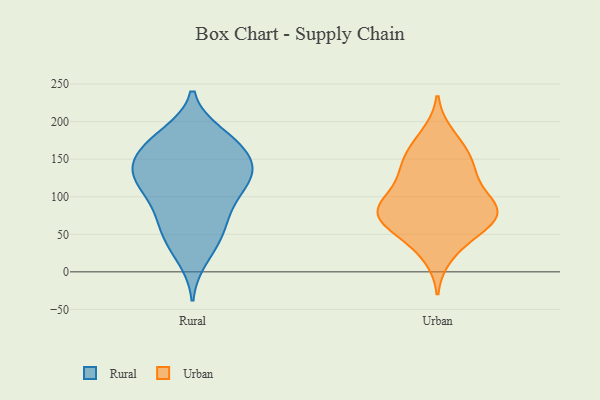
{"axis": {"x": "Conversion Rate (%)", "y": "Value"}, "legend": ["Rural", "Urban"], "data": [{"x": "", "y": 112, "type": "Rural"}, {"x": "", "y": 124, "type": "Rural"}, {"x": "", "y": 75, "type": "Rural"}, {"x": "", "y": 138, "type": "Rural"}, {"x": "", "y": 183, "type": "Rural"}, {"x": "", "y": 39, "type": "Rural"}, {"x": "", "y": 97, "type": "Rural"}, {"x": "", "y": 61, "type": "Rural"}, {"x": "", "y": 19, "type": "Rural"}, {"x": "", "y": 80, "type": "Rural"}, {"x": "", "y": 166, "type": "Rural"}, {"x": "", "y": 126, "type": "Rural"}, {"x": "", "y": 134, "type": "Rural"}, {"x": "", "y": 178, "type": "Rural"}, {"x": "", "y": 155, "type": "Rural"}, {"x": "", "y": 177, "type": "Rural"}, {"x": "", "y": 158, "type": "Rural"}, {"x": "", "y": 121, "type": "Rural"}, {"x": "", "y": 47, "type": "Rural"}, {"x": "", "y": 134, "type": "Rural"}, {"x": "", "y": 182, "type": "Urban"}, {"x": "", "y": 74, "type": "Urban"}, {"x": "", "y": 121, "type": "Urban"}, {"x": "", "y": 145, "type": "Urban"}, {"x": "", "y": 22, "type": "Urban"}, {"x": "", "y": 129, "type": "Urban"}, {"x": "", "y": 86, "type": "Urban"}, {"x": "", "y": 82, "type": "Urban"}, {"x": "", "y": 139, "type": "Urban"}, {"x": "", "y": 63, "type": "Urban"}, {"x": "", "y": 76, "type": "Urban"}, {"x": "", "y": 41, "type": "Urban"}, {"x": "", "y": 69, "type": "Urban"}, {"x": "", "y": 153, "type": "Urban"}, {"x": "", "y": 96, "type": "Urban"}, {"x": "", "y": 56, "type": "Urban"}, {"x": "", "y": 170, "type": "Urban"}, {"x": "", "y": 88, "type": "Urban"}, {"x": "", "y": 89, "type": "Urban"}]}